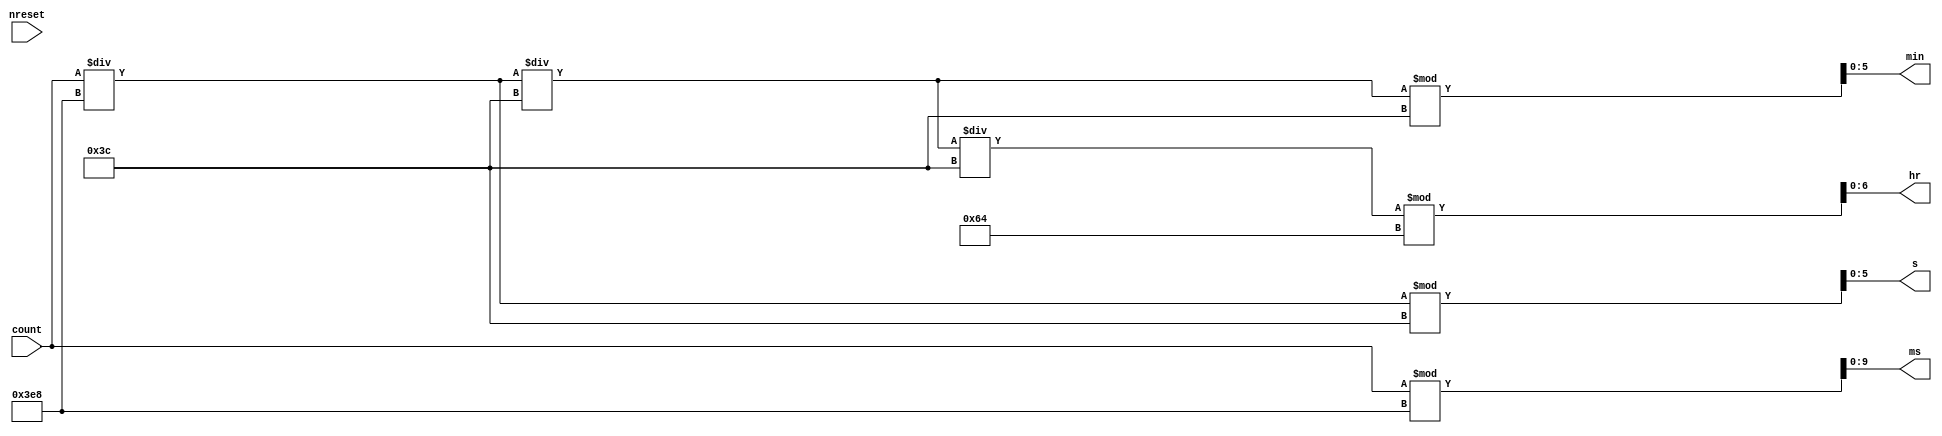
module count2watch(
    count,      // Number of pulses counted
    nreset,     // Resetting the output to 000
    ms,         // Output in ms
    s,          // Output in s
    min,        // Output in min
    hr          // Output in hr
);

parameter BITS = 4;

// Defining I/O
input [BITS-1 : 0] count;
input nreset;

output [9:0] ms;
output [5:0] s;
output [5:0] min;
output [6:0] hr;

// Defining Data Types
wire [BITS-1 : 0] count;
wire nreset;

reg [9:0] ms;
reg [5:0] s;
reg [5:0] min;
reg [6:0] hr;

// Code

always @(*) begin
    ms <= count % 1000;
    s <= (count/1000) % 60;
    min <= (count/1000/60) % 60;
    hr <= (count/1000/60/60) % 100;
end

endmodule